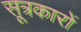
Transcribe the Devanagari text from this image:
सूत्रकारों